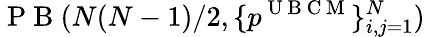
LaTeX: \mathrm{~P~B~}(N(N-1)/2,\{ p^{\mathrm{~U~B~C~M~}}\} _{i,j=1}^{N})